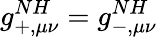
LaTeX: g_{+,\mu\nu}^{NH}=g_{-,\mu\nu}^{NH}